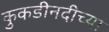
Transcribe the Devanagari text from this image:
कुकडीनदीच्या